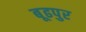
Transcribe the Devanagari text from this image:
बूढपुर